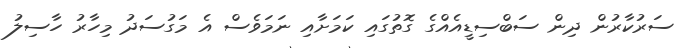
ސަރުކާރުން ދިން ސަބްސިޑީއެއްގެ ގޮތުގައި ކަމަށާއި ނަމަވެސް އެ މަގުސަދު މިހާރު ހާސިލު